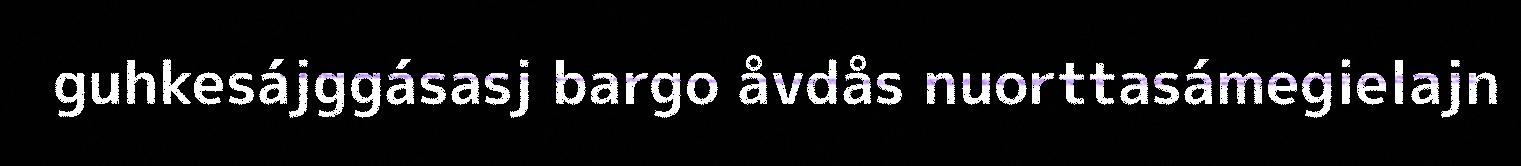
guhkesájggásasj bargo åvdås nuorttasámegielajn